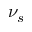
\nu _ { s }